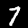
Label: 7